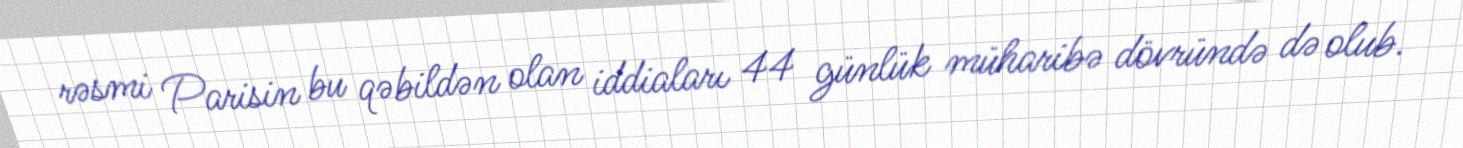
rəsmi Parisin bu qəbildən olan iddiaları 44 günlük müharibə dövründə də olub.